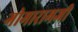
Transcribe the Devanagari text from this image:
गोमारामजी